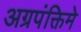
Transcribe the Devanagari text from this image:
अग्रपंक्तिमे